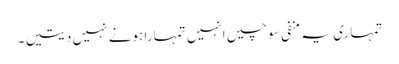
تمہاری یہ منفی سوچیں انہیں تمہارا ہونے نہیں دیتیں ۔